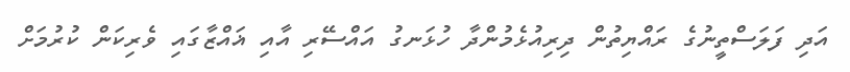
އަދި ފަލަސްތީނުގެ ރައްޔިތުން ދިރިއުޅެމުންދާ ހުޅަނގު އައްސޭރި އާއި ޣައްޒާގައި ވެރިކަން ކުރުމަށް